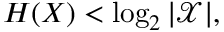
H ( X ) < \log _ { 2 } | { \mathcal { X } } | ,